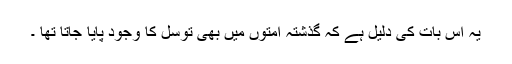
یہ اس بات کی دلیل ہے کہ گذشتہ امتوں میں بھی توسل کا وجود پایا جاتا تھا ۔